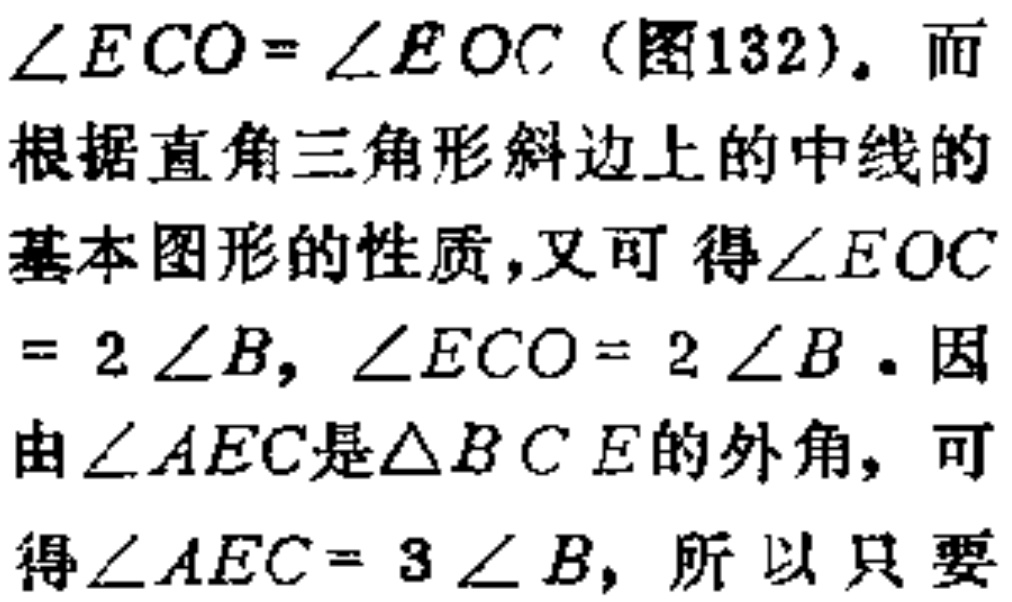
$\angle ECO=\angle EOC$（图132）。而

根据直角三角形斜边上的中线的

基本图形的性质，又可得$\angle EOC$

$=2\angle B,\angle ECO = 2\angle B$。因

由$\angle AEC$是$\triangle BCE$的外角，可

得$\angle AEC=3\angle B$，所以只要